Subject: cs
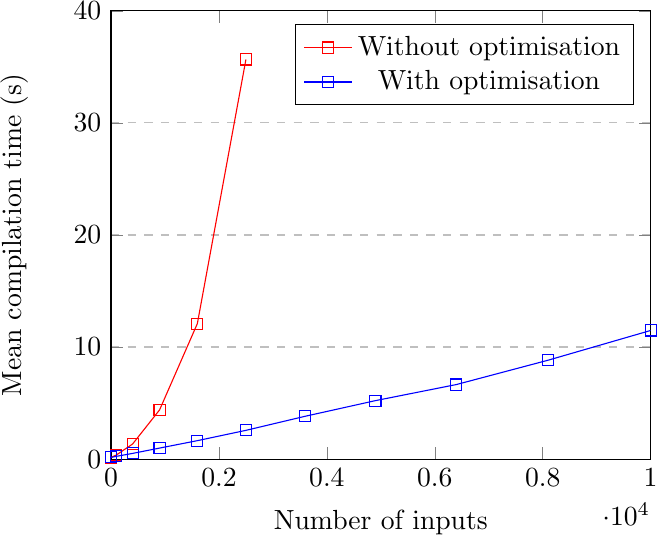
LaTeX code:
\begin{tikzpicture}
\begin{axis}[
    xlabel={Number of inputs},
    ylabel={Mean compilation time (s)},
    xmin=0, xmax=10000,
    ymin=0, ymax=40,
    xtick={0,2000,4000,6000,8000,10000},
    ytick={0,10,20,30,40},
    legend pos=north east,
    ymajorgrids=true,
    grid style=dashed,
]

\addplot[
    color=red,
    mark=square,
    ]
    coordinates {
    (1,0.1497)(100,0.3722)(400,1.3490)(900,4.3920)(1600,12.0910)(2500,35.6590)
    };
    \addlegendentry{Without optimisation}

\addplot[
    color=blue,
    mark=square,
    ]
    coordinates {
    (1,0.1562)(100,0.2491)(400,0.5109)(900,0.9860)(1600,1.6480)(2500,2.5680)(3600,3.8270)(4900,5.2190)(6400,6.6550)(8100,8.8270)(10000,11.4790)
    };
    \addlegendentry{With optimisation}
\end{axis}
\end{tikzpicture}